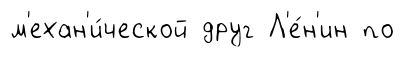
м'ехан'и́ческой друг Л'е́н'ин по